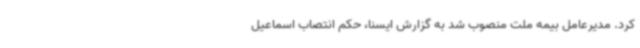
کرد. مدیرعامل بیمه ملت منصوب شد به گزارش ایسنا، حکم انتصاب اسماعیل